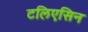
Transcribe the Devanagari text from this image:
टलिएसिन